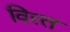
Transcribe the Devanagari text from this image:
वित्‍त